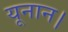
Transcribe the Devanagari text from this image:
यूनान।